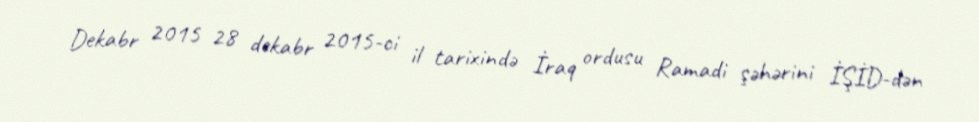
Dekabr 2015 28 dekabr 2015-ci il tarixində İraq ordusu Ramadi şəhərini İŞİD-dən